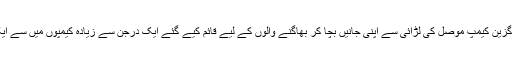
یہ پناہ گزین کیمپ موصل کی لڑائی سے اپنی جانیں بچا کر بھاگنے والوں کے لیے قائم کیے گئے ایک درجن سے زیادہ کیمپوں میں سے ایک ہے۔